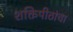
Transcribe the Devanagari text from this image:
शक्तिपीठांचा